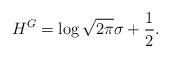
LaTeX: \begin{align*}H^{G}=\log \sqrt{2\pi} \sigma+\frac{1}{2}. \end{align*}